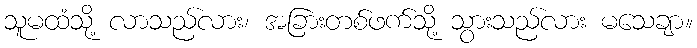
သူမထံသို့ လာသည်လား၊ အခြားတစ်ဖက်သို့ သွားသည်လား မသေချာ။